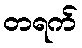
တရက်